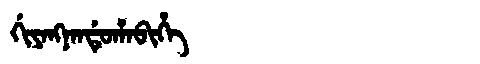
Manchu: ᡤᡳᠶᠠᠩᠨᠠᠨᡩᡠᡥᠠᠪᡳᡥᡝ
Romanization: GIYANGNANDUHABIHE